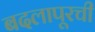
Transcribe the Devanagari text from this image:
बदलापूरची